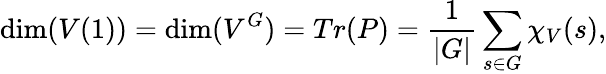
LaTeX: \dim(V(1))=\dim(V^{G})=Tr(P)={\frac{1}{|G|}}\sum_{s\in G}\chi_{V}(s),